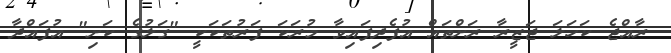
ރާއްޖެ ކަހަލަ ޖަޒީރާ ރަށްތައް އުފެދިފައިވާ މުރަކަ ފަރުތަކަކީ "ގަލުގެ ކަށި" އުފައްދާ